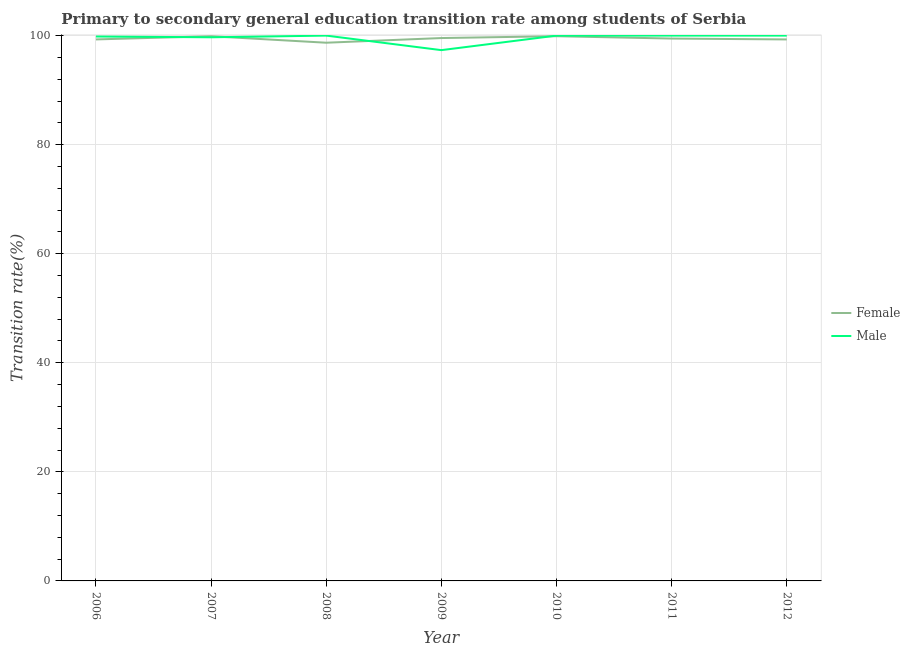
| Year | Female | Male |
 | --- | --- | --- |
 | 2006 | 99.3 | 99.8 |
 | 2007 | 99.9 | 99.7 |
 | 2008 | 98.7 | 100 |
 | 2009 | 99.6 | 97.3 |
 | 2010 | 99.9 | 100 |
 | 2011 | 99.5 | 100 |
 | 2012 | 99.3 | 100 |